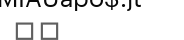
٤١